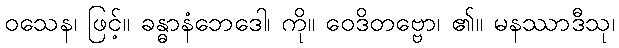
ဝသေန၊ ဖြင့်။ ခန္ဓာနံဘေဒေါ၊ ကို။ ဝေဒိတဗ္ဗော၊ ၏။ မနဿာဒီသု၊